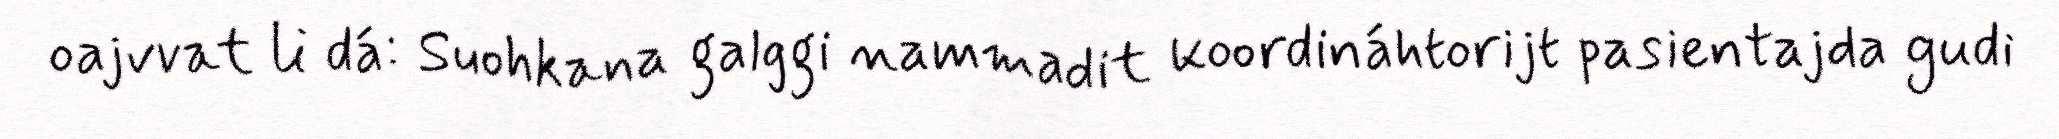
oajvvat li dá: Suohkana galggi nammadit koordináhtorijt pasientajda gudi